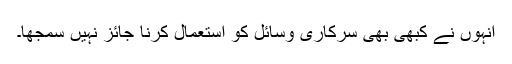
انہوں نے کبھی بھی سرکاری وسائل کو استعمال کرنا جائز نہیں سمجھا۔